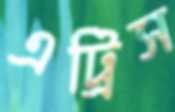
এট্রিস